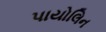
પાયોલિન